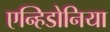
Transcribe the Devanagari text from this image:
एन्हिडोनिया